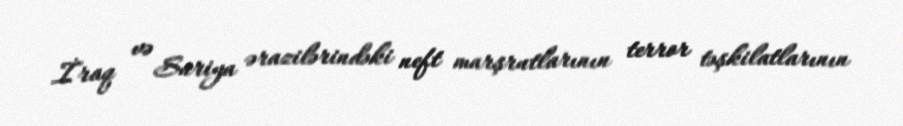
İraq və Suriya ərazilərindəki neft marşrutlarının terror təşkilatlarının